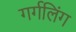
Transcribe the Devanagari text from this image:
गर्गलिंग